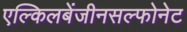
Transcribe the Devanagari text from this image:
एल्किलबेंजीनसल्फोनेट